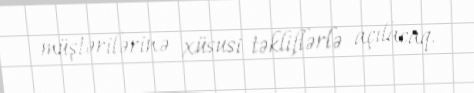
müştərilərinə xüsusi təkliflərlə açılacaq.